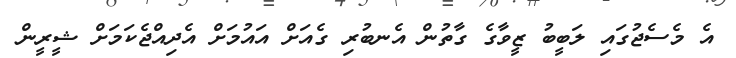
އެ މެސެޖުގައި ލަބީބު ޒީވާގެ ގާތުން އެނބުރި ގެއަށް އައުމަށް އެދިއްޖެކަމަށް ޝީރީން